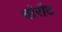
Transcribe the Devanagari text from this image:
चोरौट